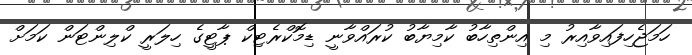
ހަމަޖެހިފައިވާއިރު މި އިންތިހާބު ކާމިޔާބު ކުރައްވާނީ ޑިމޮކްރެޓިކް ޕާޓީގެ ހިލަރީ ކްލިންޓަން ކަމަށް